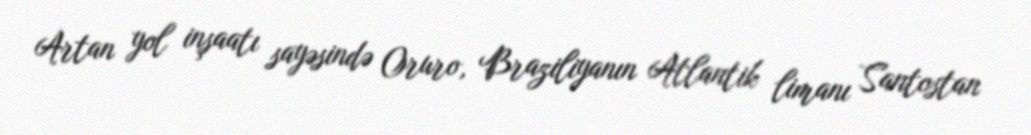
Artan yol inşaatı sayəsində Oruro, Braziliyanın Atlantik limanı Santostan